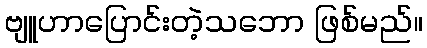
ဗျူဟာပြောင်းတဲ့သဘော ဖြစ်မည်။